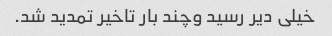
خیلی دیر رسید وچند بار تاخیر تمدید شد.